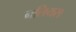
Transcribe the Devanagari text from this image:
नलियस